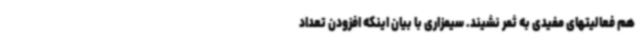
هم فعالیتهای مفیدی به ثمر نشیند. سیمزاری با بیان اینکه افزودن تعداد